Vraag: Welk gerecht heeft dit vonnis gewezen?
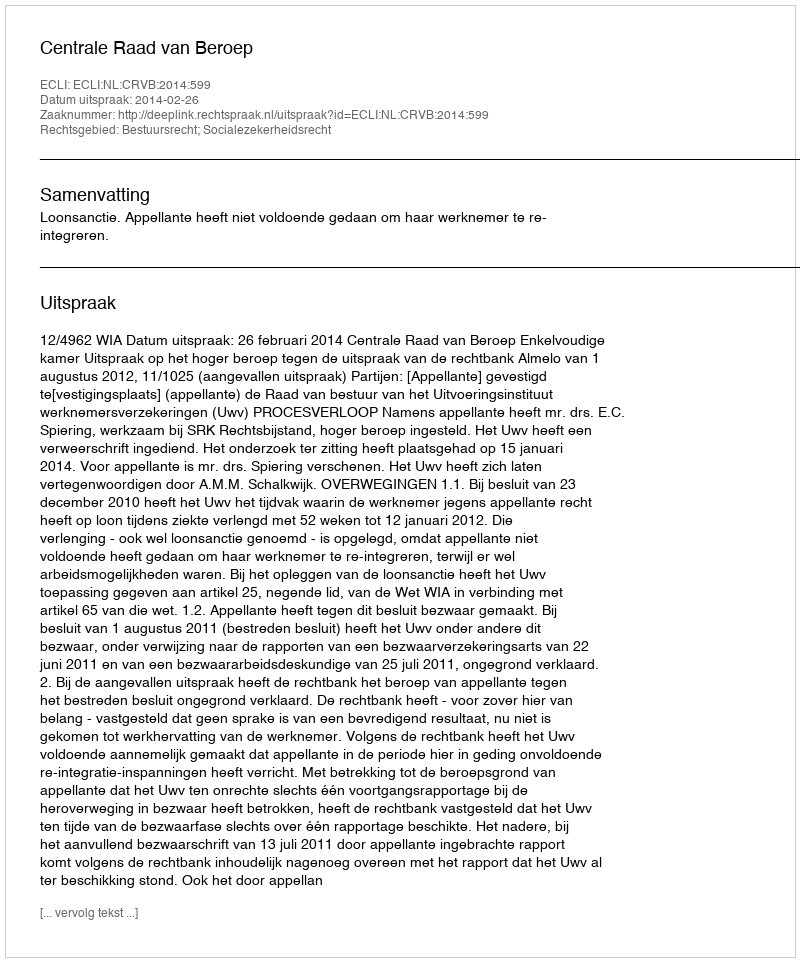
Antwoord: Centrale Raad van Beroep